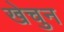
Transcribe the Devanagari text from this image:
खेचुन